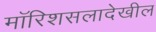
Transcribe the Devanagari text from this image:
मॉरिशसलादेखील